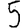
Digit: 5